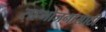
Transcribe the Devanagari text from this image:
सहभोजनासाठी